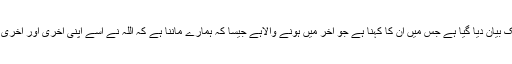
ہاروڈ یونیورسٹی کی جانب سے ایک بیان دیا گیا ہے جس میں ان کا کہنا ہے جو آخر میں ہونے والاہے جیسا کہ ہمارے ماننا ہے کہ اللہ نے اسے اپنی آخری اور آخری کتاب کے طور پر منتخب کیا ہے۔